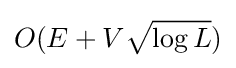
O(E+V{\sqrt {\log {L}}})